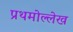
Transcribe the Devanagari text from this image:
प्रथमोल्लेख